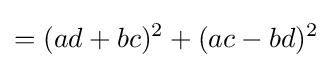
=(ad+bc)^{2}+(ac-bd)^{2}